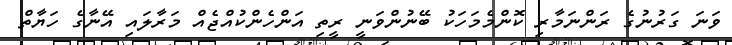
ވަނަ ގަރުނުގެ ރަންނަމާރި ކޮންމެމަހަކު ބޭނުންވަނީ ރީތި އަންހެންކުއްޖެއް މަރާލައި އޭނާގެ ހަޔާތް